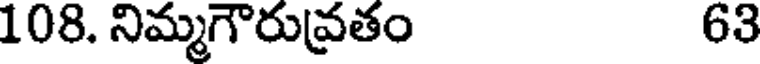
108. నిమ్మగౌరువ్రతం 63